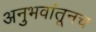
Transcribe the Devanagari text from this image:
अनुभवांतूनच